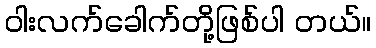
ဝါးလက်ခေါက်တို့ဖြစ်ပါ တယ်။